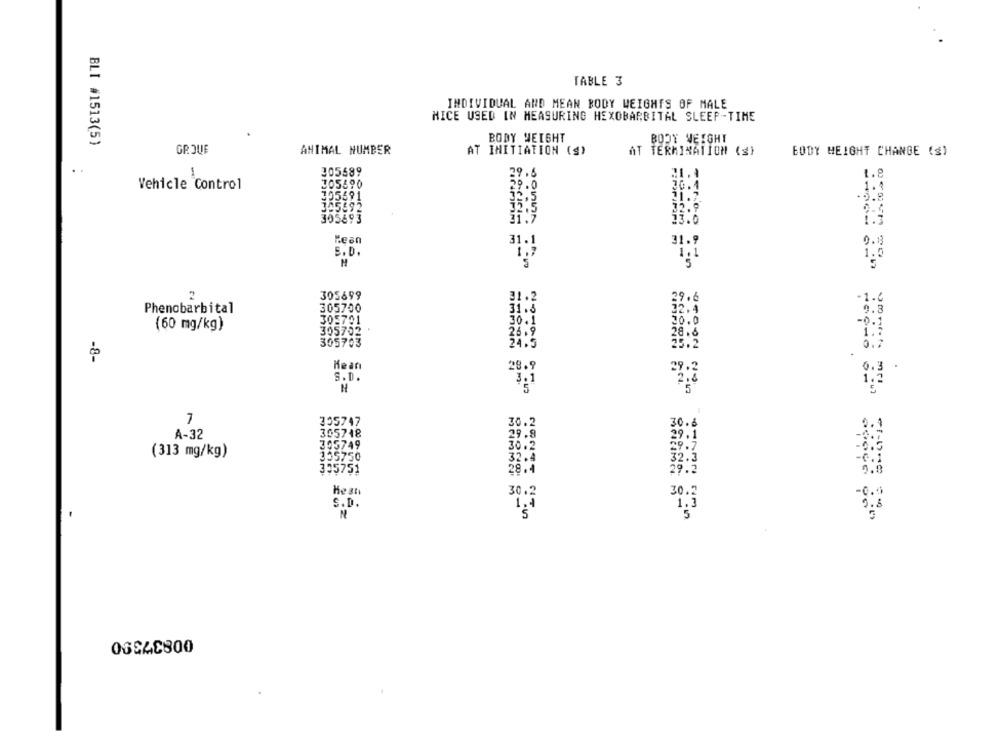
TABLE 3
INDIVIDUAL AND MEAN BODY WEIGHTS OF MALE
HICE USED IN MEASURING HEXOBARBITAL SLEEP-TIME
BLI #1513(5)
BODY WEIGHT
BODY WEIGHT
GROUE
ANIMAL NUMBER
AT INITIATION (g)
AT TERMINATION (s)
BODY HEIGHT CHANGE (S)
305589
-
1.8
Vehicle Control
JO5690
29.0
1.4
10.4
305691
32,5
21.2.
345692
32.9
35.5
305893
Lean
31.1
31.9
0.0
S.D.
5
'S
2
305699
29.6
31.2
-1.6
Phenobarbital
305700
31.5
32.4
6.3
(60 mg/kg)
305791
30.1
30.0
305702
26.9
28.6
305703
24.5
25.2
-8-
Mean
28.9
29.2
0.3
S.D.
2.8
3.1
H
7
305747
30.2
30.
A-32
305748
29.8
29.
305749
(313 mg/kg)
335750
335751
28.4
29.
30.2
30.9
S.D.
1.4
1.
N
5
06CAC800